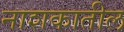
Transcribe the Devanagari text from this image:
नाशकातील